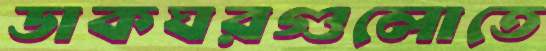
ডাকঘরগুলোতে